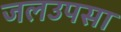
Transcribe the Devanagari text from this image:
जलउपसा